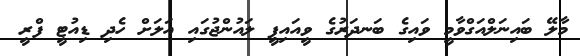
މާލޭ ބައިނަލްއަގްވާމީ ވައިގެ ބަނދަރުގެ ވީއައިޕީ ލައުންޖުގައި އަލަށް ހެދި ޑިއުޓީ ފްރީ